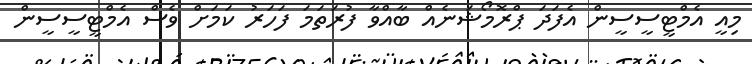
މިއީ އެމްޓީސީސީން އެފަދަ ޕްރޮމޯޝަނެއް ބާއްވާ ފުރަތަމަ ފަހަރު ކަމަށް ވެސް އެމްޓީސީސީން